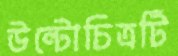
উল্টোচিত্রটি